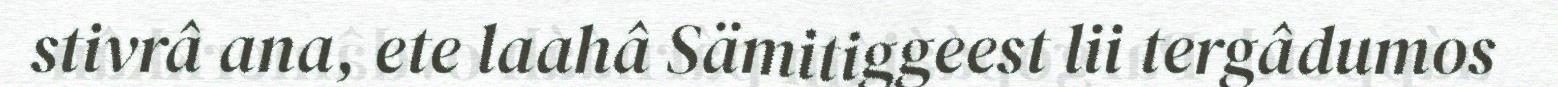
stivrâ ana, ete laahâ Sämitiggeest lii tergâdumos